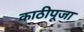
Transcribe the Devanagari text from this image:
काठीपूजा